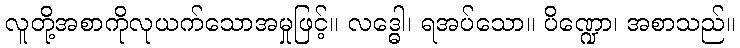
လူတို့အစာကိုလုယက်သောအမှုဖြင့်။ လဒ္ဓေါ၊ ရအပ်သော။ ပိဏ္ဍော၊ အစာသည်။